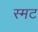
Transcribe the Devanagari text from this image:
स्मट